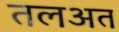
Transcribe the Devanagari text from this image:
तलअत